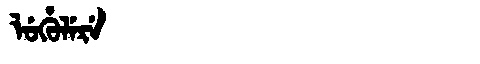
Manchu: ᠯᡠᡥᡠᠯᡝᡵᡝ
Romanization: LUHULERE